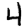
Digit: 4